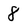
Character: 8